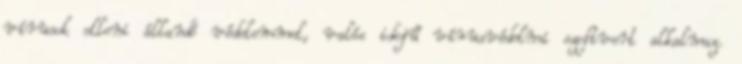
vírusok elleni állandó védelemmel, valós idejű vírusvédelmi szoftvert alkalmaz.